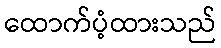
ထောက်ပံ့ထားသည်